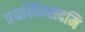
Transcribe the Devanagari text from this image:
त्रयस्त्रिम्सदमि